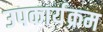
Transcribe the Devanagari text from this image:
उपकार्यक्रम